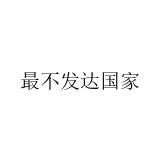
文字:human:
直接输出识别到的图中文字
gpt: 最不发达国家